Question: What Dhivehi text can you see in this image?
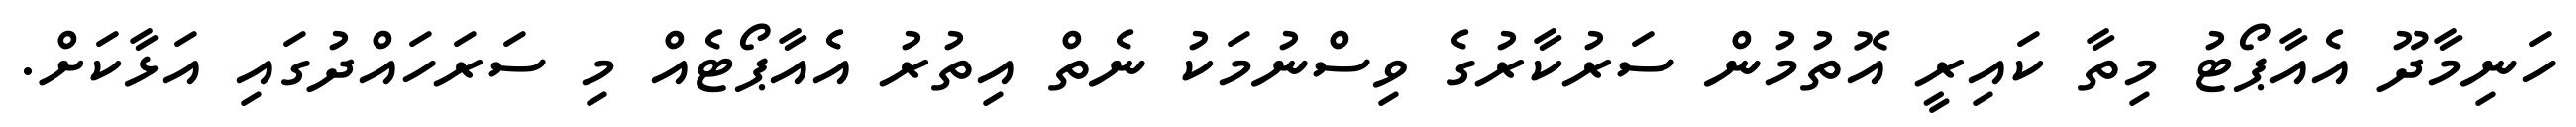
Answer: ހަނިމާދޫ އެއާޕޯޓު މިތާ ކައިރީ އޮތުމުން ސަރުކާރުގެ ވިސްނުމަކު ނެތް އިތުރު އެއާޕޯޓެއް މި ސަރަހައްދުގައި އަޅާކަށް.